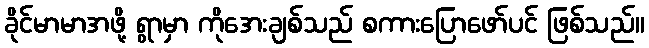
ခိုင်မာမာအဖို့ ရွာမှာ ကိုအေးချစ်သည် စကားပြောဖော်ပင် ဖြစ်သည်။